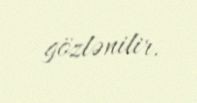
gözlənilir.